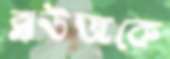
ব্লাউজকে